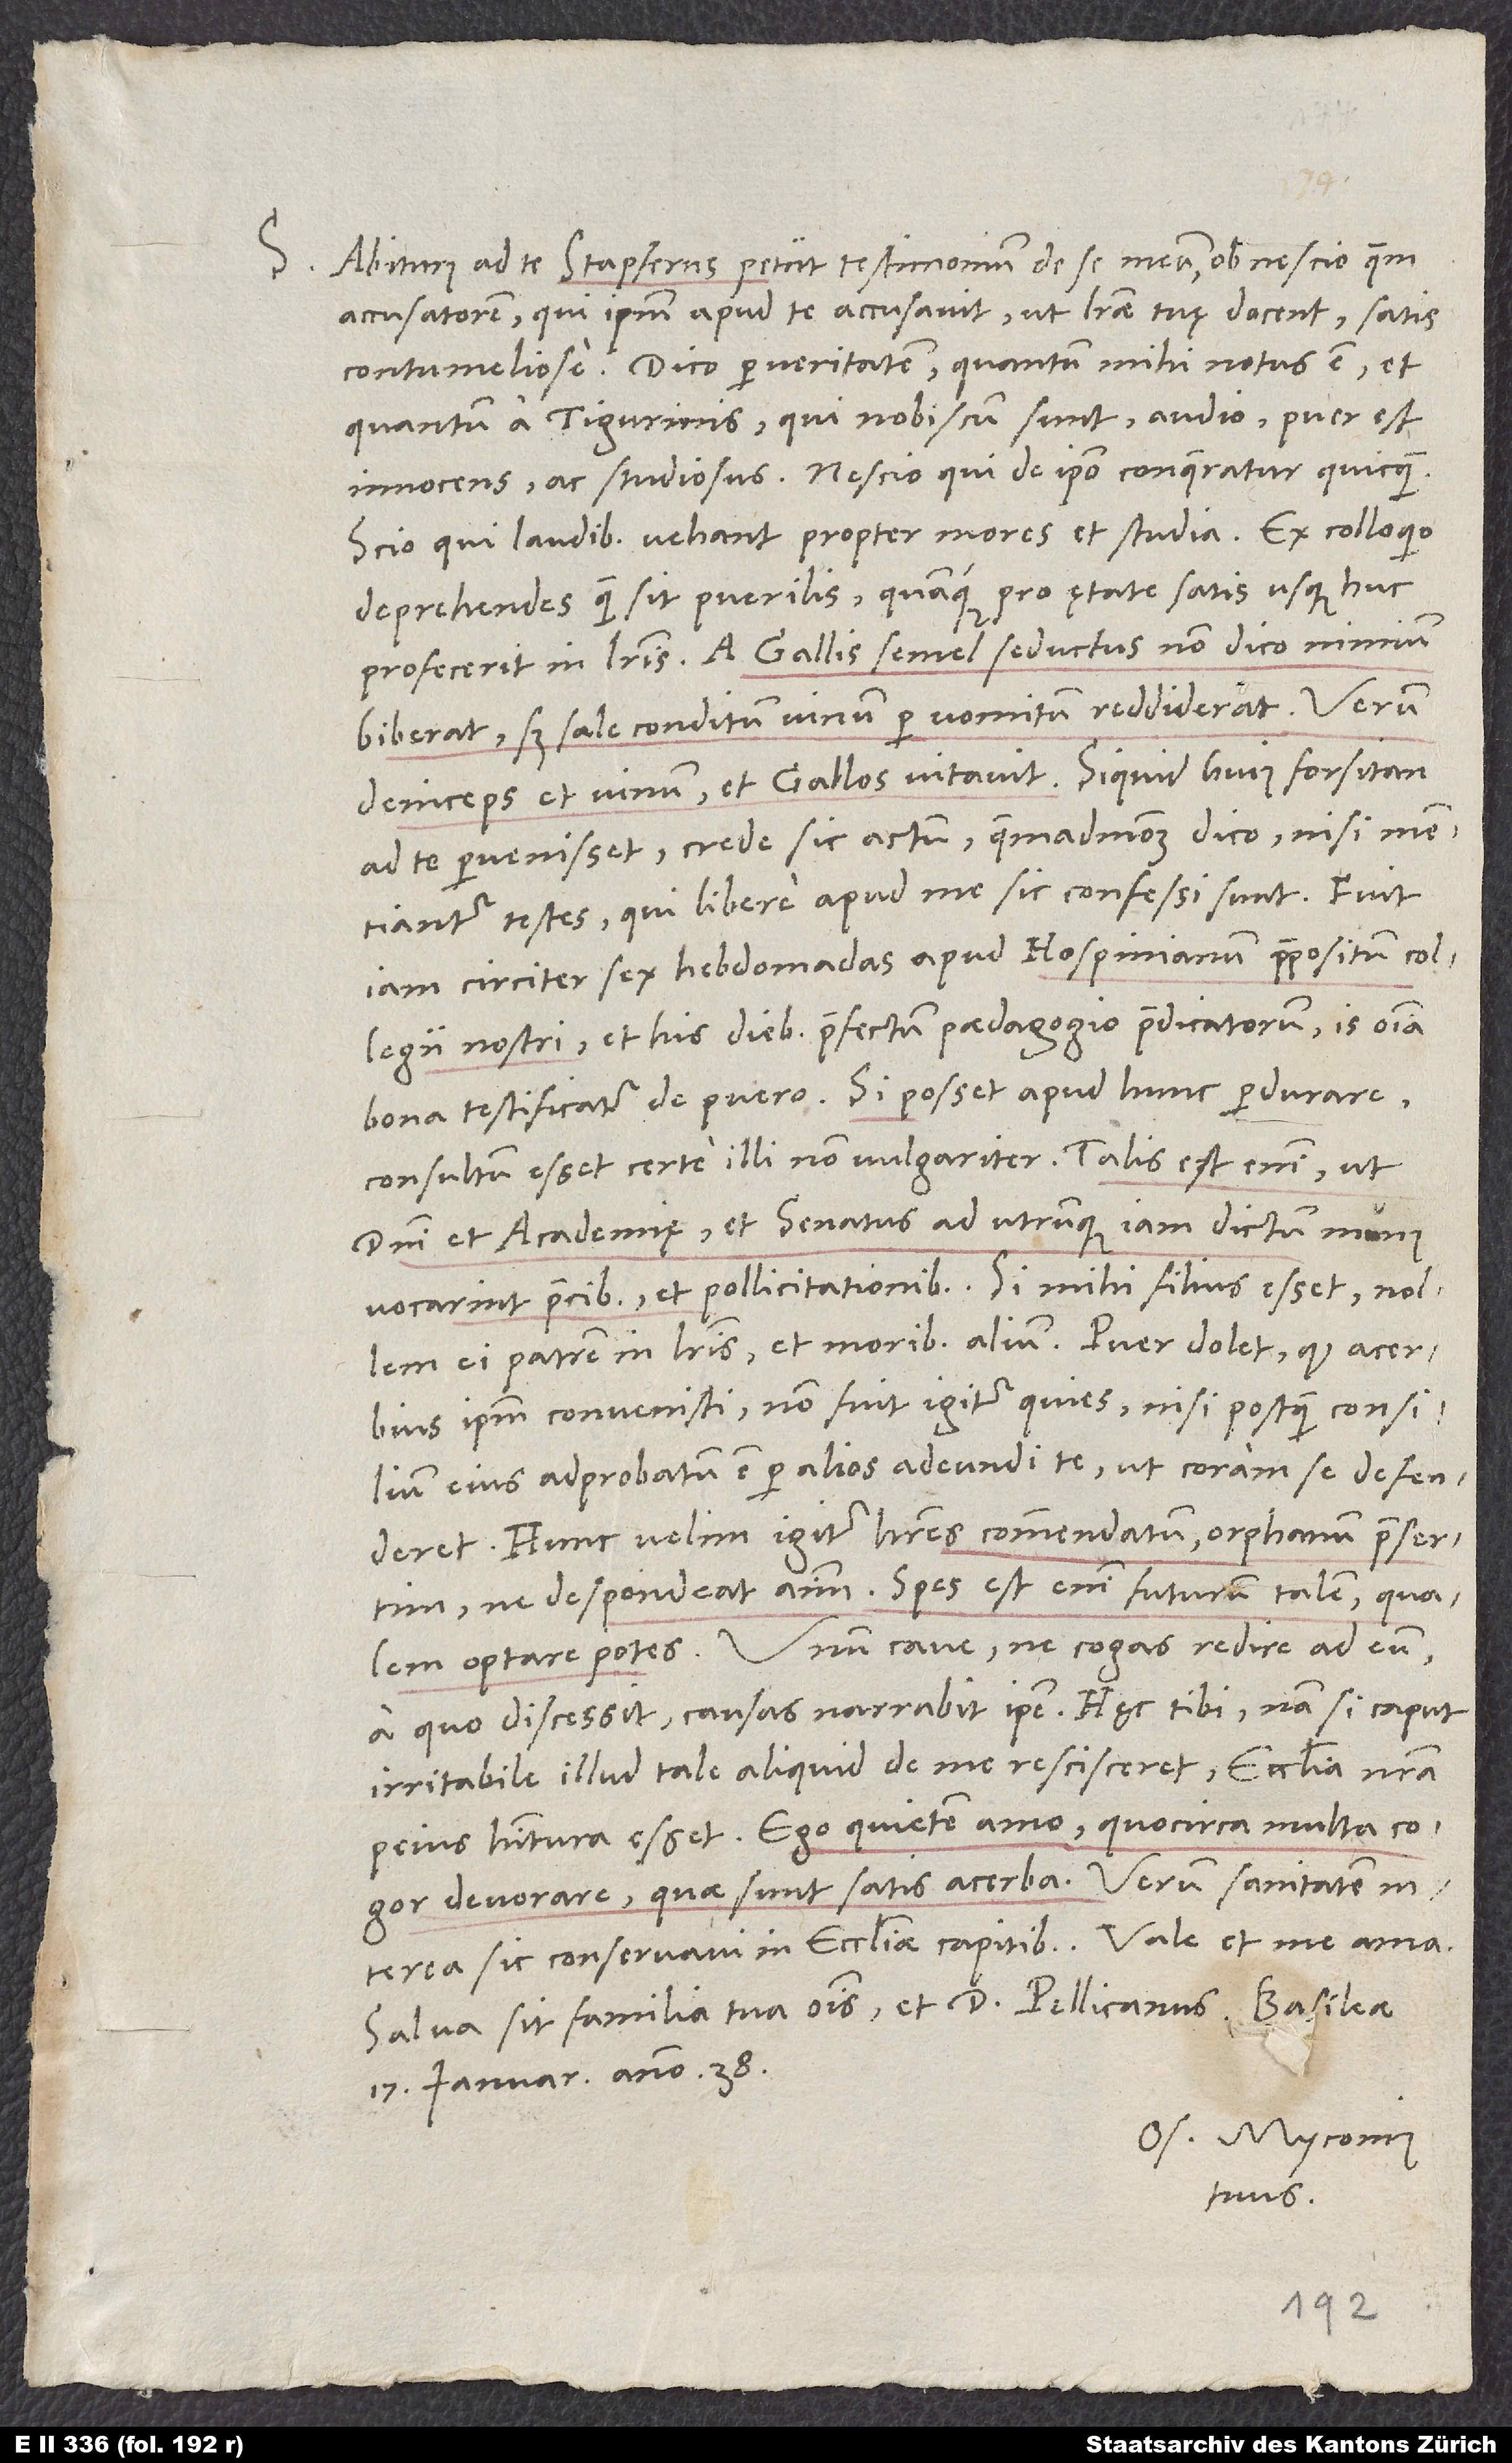
S. Abiturus ad te Stapferus petiit testimonium de se meum ob nescio quem
accusatorem, qui ipsum apud te accusavit, ut literae tuę docent, satis
contumeliose. Dico per veritatem, quantum mihi notus est et
quantum a Tigurinis, qui nobiscum sunt, audio, puer est
innocens ac studiosus. Nescio, qui de ipso conqueratur quicquam;
scio, qui laudibus vehant propter mores et studia.
deprehendes, quam sit puerilis quamque pro ętate satis usque huc
profecerit in literis. A Gallis semel seductus non dico nimium
biberat, sed sale conditum vinum per vomitum reddiderat; verum
deinceps et vinum et Gallos vitavit. Si quid huius forsitan
ad te pervenisset, crede sic actum, quemadmodum dico, nisi mentiantur
testes, qui libere apud me sic confessi sunt. Fuit
iam circiter sex hebdomadas apud Hospinianum, praepositum collegii
nostri et his diebus praefectum paedagogio praedicatorum; is omnia
bona testificatur de puero. Si posset apud hunc perdurare,
consultum esset certe illi non vulgariter; talis est enim, ut
domini et academię et senatus ad utrunque iam dictum munus
ei patrem in literis et moribus alium. Puer dolet, quod acerbius
ipsum convenisti; non fuit igitur quies, nisi postquam consilium
eius adprobatum est per alios adeundi te, ut coram se defenderet.
Hunc velim igitur haberes commendatum, orphanum praesertim,
ne despondeat animum. Spes est enim futurum talem, qualem
a quo discessit; causas narrabit ipse. Hęc tibi; nam si caput
irritabile illud tale aliquid de me rescisceret, ecclesia nostra
peius habitura esset. Ego quietem amo, quocirca multa cogor
devorare, quae sunt satis acerba. Verum sanitatem
Salva sit familia tua omnis et d. Pellicanus. Basileae,
17. ianuarii anno 38.
Os. Myconius
tuus.